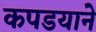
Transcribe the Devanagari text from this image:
कपडयाने